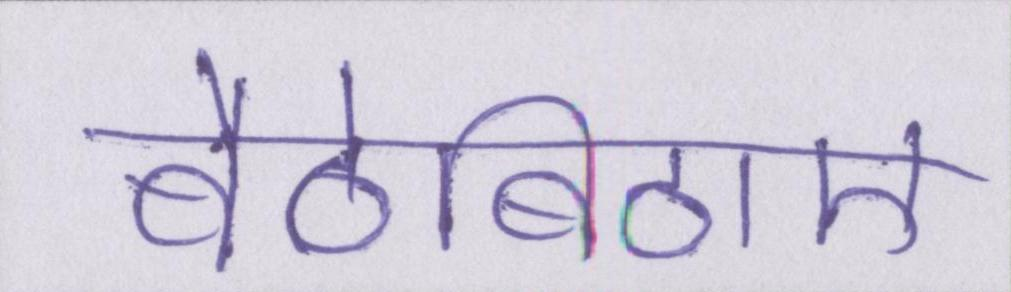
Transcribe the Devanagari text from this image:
बैठेबिठाए